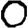
Digit: 0